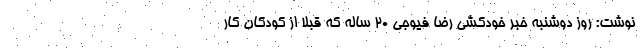
نوشت: روز دوشنبه خبر خودکشی رضا فیوجی ۲۰ ساله که قبلاً از کودکان کار